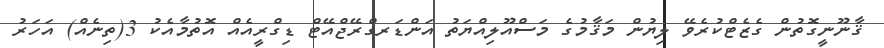
ޤާނޫނީގޮތުން ގެޒެޓްކުރެވޭ ލިޔުން މަޤާމުގެ މަސްއޫލިއްޔަތު އަންޑަރގްރޭޖްއޭޓް ޑިގްރީއެއް އޮތުމާއެކު 3(ތިނެއް) އަހަރު